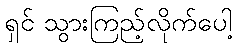
ရှင် သွားကြည့်လိုက်ပေါ့